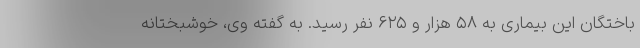
باختگان این بیماری به ۵۸ هزار و ۶۲۵ نفر رسید. به گفته وی، خوشبختانه